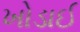
ખોડાઈ